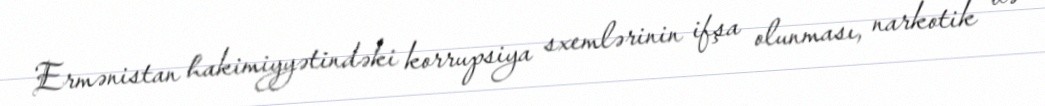
Ermənistan hakimiyyətindəki korrupsiya sxemlərinin ifşa olunması, narkotik və